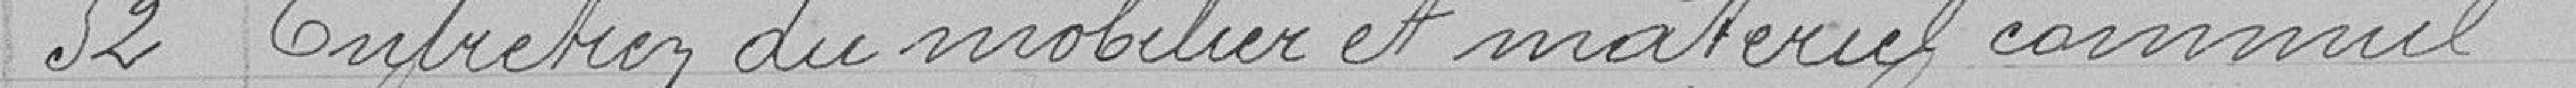
52 Entretien du mobilier et matériel communal